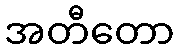
အတီတော